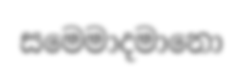
සමෙමාදමානො